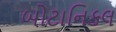
બોટાનિકલ